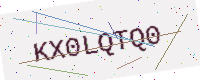
Text: KX0LQTQ0